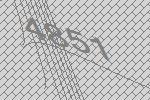
4851